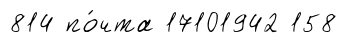
814 по́чта 17101942 158